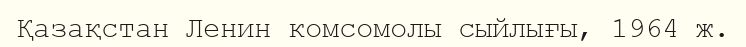
Қазақстан Ленин комсомолы сыйлығы, 1964 ж.